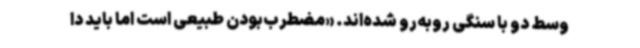
وسط دو با سنگی روبه‌رو شده‌اند. «مضطرب‌بودن طبیعی است اما باید دا